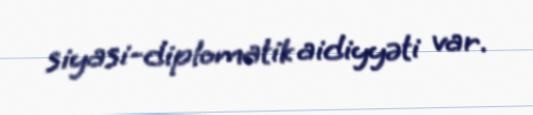
siyasi-diplomatik aidiyyəti var.